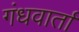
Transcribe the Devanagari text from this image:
गंधवार्ता